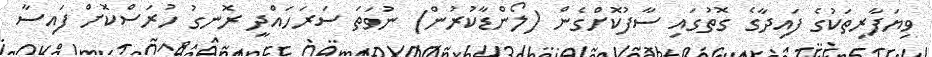
ވިޔަފާރިތަކުގެ ފައިދާގެ ގޮތުގައި ސާފުކޮށްގެން (ލޯންޑާކުރުން) ނުވަތަ ސަރަހައްދީ ރޮނގު ހުރަސްކޮށް ފައިސާ